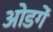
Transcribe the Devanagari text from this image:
ओडगें